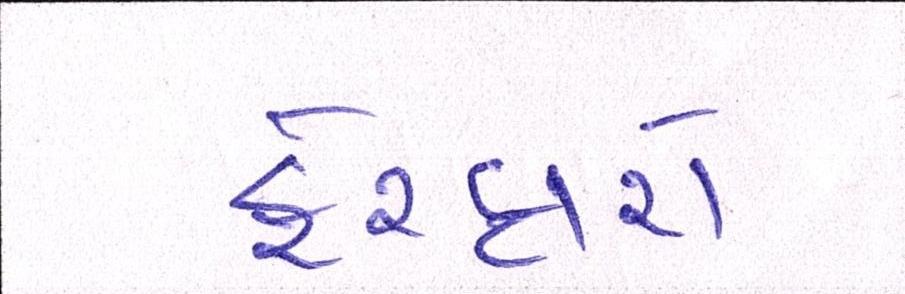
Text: ફેરફારો